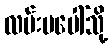
လမ်းမပေါ်သို့